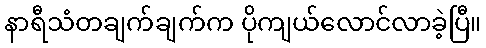
နာရီသံတချက်ချက်က ပိုကျယ်လောင်လာခဲ့ပြီ။